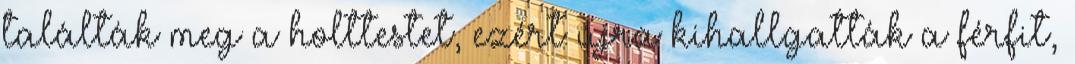
találták meg a holttestet, ezért újra kihallgatták a férfit,